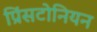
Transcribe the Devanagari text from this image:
प्रिंसटोनियन